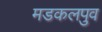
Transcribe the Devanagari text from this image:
मडकलपुव